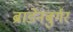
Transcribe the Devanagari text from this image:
ब्रांडेनबुर्गर